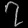
Digit: ၇